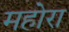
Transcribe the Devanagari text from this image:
महोरा